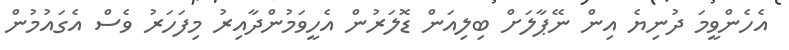
އެހެންވީމަ ދުނިޔެ އިން ނޭޕާލަށް ބިލިއަން ޑޮލަރުން އެހީވަމުންދާއިރު މިފަހަރު ވެސް އެގައުމުން